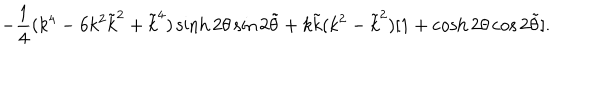
- \frac { 1 } { 4 } ( k ^ { 4 } - 6 k ^ { 2 } \tilde { k } ^ { 2 } + \tilde { k } ^ { 4 } ) \sinh 2 \theta \sin 2 \tilde { \theta } + k \tilde { k } ( k ^ { 2 } - \tilde { k } ^ { 2 } ) [ 1 + \cosh 2 \theta \cos 2 \tilde { \theta } ] .